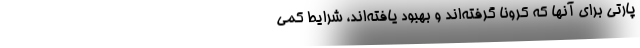
‌پارتی برای آنها که کرونا گرفته‌اند و بهبود یافته‌اند، شرایط کمی